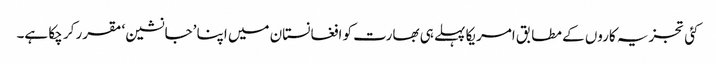
کئی تجزیہ کاروں کے مطابق امریکا پہلے ہی بھارت کو افغانستان میں اپنا ’جانشین‘ مقرر کر چکا ہے۔